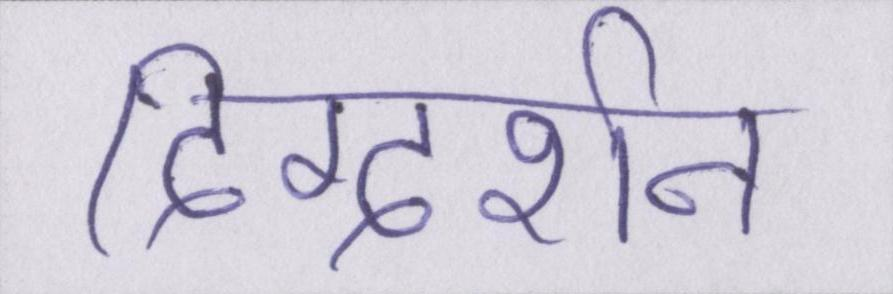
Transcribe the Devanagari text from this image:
दिग्दर्शन